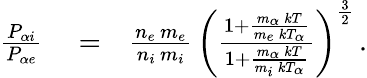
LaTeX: \begin{array}{rlr}{\frac{P_{\alpha i}}{P_{\alpha e}}}&{{}=}&{\frac{n_{e}\, m_{e}}{n_{i}\, m_{i}}\, \left(\frac{1+\frac{m_{\alpha}\, kT}{m_{e}\, kT_{\alpha}}}{1+\frac{m_{\alpha}\, kT}{m_{i}\, kT_{\alpha}}}\right)^{\frac{3}{2}}\, .}\end{array}